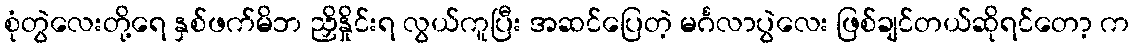
စုံတွဲလေးတို့ရေ နှစ်ဖက်မိဘ ညှိနှိုင်းရ လွယ်ကူပြီး အဆင်ပြေတဲ့ မင်္ဂလာပွဲလေး ဖြစ်ချင်တယ်ဆိုရင်တော့ က